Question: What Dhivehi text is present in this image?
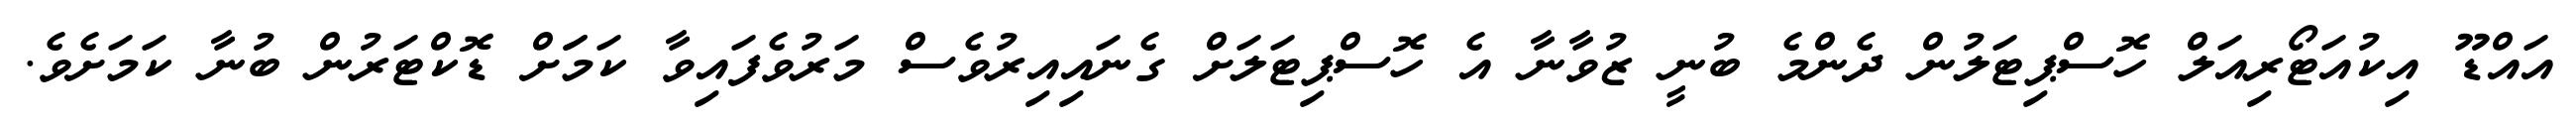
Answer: އައްޑޫ އިކުއަޓޯރިއަލް ހޮސްޕިޓަލުން ދެންމެ ބުނީ ޒުވާނާ އެ ހޮސްޕިޓަލަށް ގެނައިއިރުވެސް މަރުވެފައިވާ ކަމަަށް ޑޮކްޓަރުން ބުނާ ކަމަށެވެ.